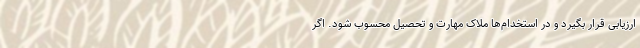
ارزیابی قرار بگیرد و در استخدام‌ها ملاک مهارت و تحصیل محسوب شود. اگر